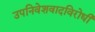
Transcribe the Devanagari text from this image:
उपनिवेशवादविरोधी